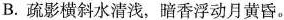
B.疏影横斜水清浅，暗香浮动月黄昏。